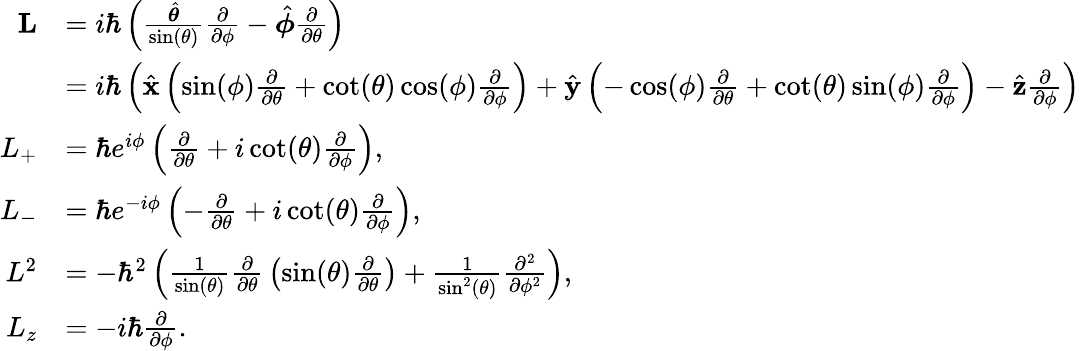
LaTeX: {\begin{array}{rl}{\mathbf{L}}&{=i\hbar\left({\frac{\hat{\boldsymbol{\theta}}}{\sin(\theta)}}{\frac{\partial}{\partial\phi}}-{\hat{\boldsymbol{\phi}}}{\frac{\partial}{\partial\theta}}\right)}\\ &{=i\hbar\left({\hat{\mathbf{x}}}\left(\sin(\phi){\frac{\partial}{\partial\theta}}+\cot(\theta)\cos(\phi){\frac{\partial}{\partial\phi}}\right)+{\hat{\mathbf{y}}}\left(-\cos(\phi){\frac{\partial}{\partial\theta}}+\cot(\theta)\sin(\phi){\frac{\partial}{\partial\phi}}\right)-{\hat{\mathbf{z}}}{\frac{\partial}{\partial\phi}}\right)}\\ {L_{+}}&{=\hbar e^{i\phi}\left({\frac{\partial}{\partial\theta}}+i\cot(\theta){\frac{\partial}{\partial\phi}}\right),}\\ {L_{-}}&{=\hbar e^{-i\phi}\left(-{\frac{\partial}{\partial\theta}}+i\cot(\theta){\frac{\partial}{\partial\phi}}\right),}\\ {L^{2}}&{=-\hbar^{2}\left({\frac{1}{\sin(\theta)}}{\frac{\partial}{\partial\theta}}\left(\sin(\theta){\frac{\partial}{\partial\theta}}\right)+{\frac{1}{\sin^{2}(\theta)}}{\frac{\partial^{2}}{\partial\phi^{2}}}\right),}\\ {L_{z}}&{=-i\hbar{\frac{\partial}{\partial\phi}}.}\end{array}}